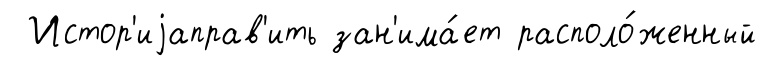
Истор'иjаправ'ить зан'има́ет располо́женный